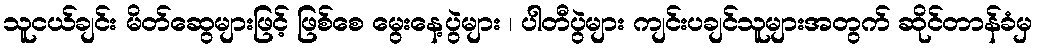
သူငယ်ချင်း မိတ်ဆွေများဖြင့် ဖြစ်စေ မွေးနေ့ပွဲများ ၊ ပါတီပွဲများ ကျင်းပချင်သူများအတွက် ဆိုင်တာန်ခံမှ